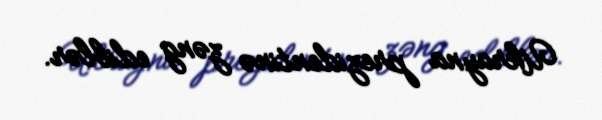
Ukrayna prezidentinə zəng ediblər.